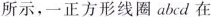
所示，一正方形线圈abd在